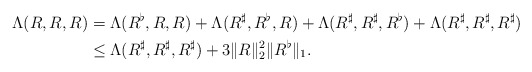
\begin{align*} \Lambda(R,R,R) &= \Lambda(R^\flat, R, R) + \Lambda(R^\sharp, R^\flat, R) + \Lambda(R^\sharp, R^\sharp, R^\flat) + \Lambda(R^\sharp, R^\sharp, R^\sharp) \\ &\le \Lambda(R^\sharp, R^\sharp, R^\sharp) + 3 \|R\|_2^2 \|R^\flat\|_1. \end{align*}